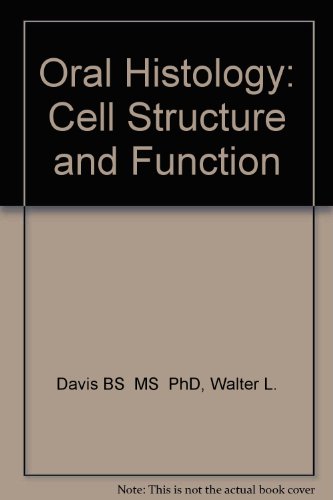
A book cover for Oral Histology: Cell Structure and Function; Walter L. Davis; Medical Books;